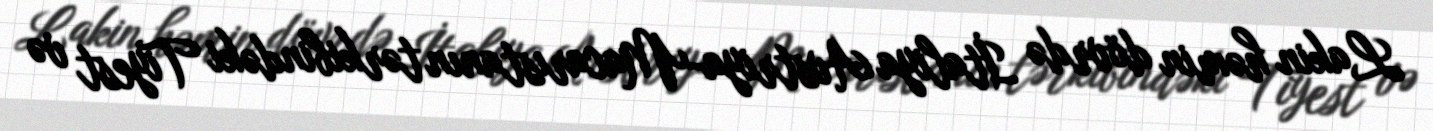
Lakin həmin dövrdə İtaliya Avstriya-Macarıstanın tərkibindəki Tiyest və